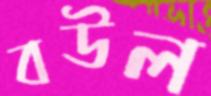
বউল